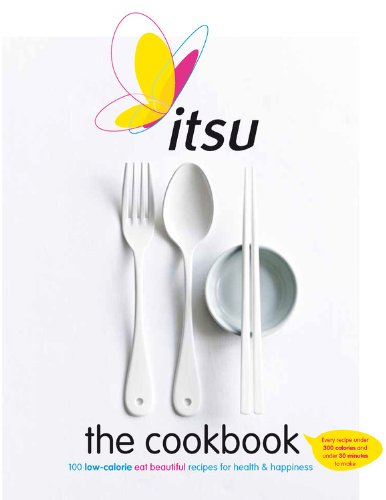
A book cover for The Itsu Cookbook: Eat beautiful: 100 recipes for health & happiness; Julian Metcalfe; Cookbooks, Food & Wine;